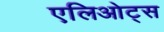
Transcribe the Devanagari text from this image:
एलिओट्स